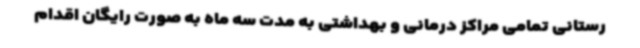
رستانی تمامی مراکز درمانی و بهداشتی به مدت سه ماه به صورت رایگان اقدام